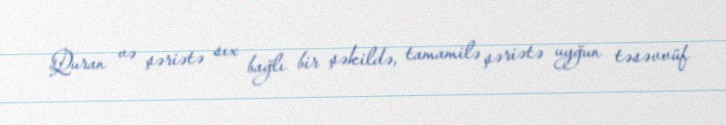
Quran və şəriətə sıx bağlı bir şəkildə, tamamilə şəriətə uyğun təsəvvüf